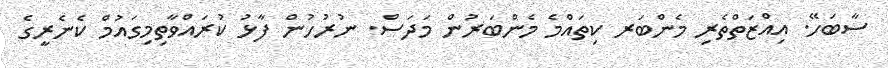
ސާބަހޭ. އިއްޒަތްތެރި މެންބަރ ކިތައްމެ މެންބަރުން މަދަސް. ނުރުހުން ފާޅު ކުރައްވާާތިމިގައުމް ކެނެރީގެ